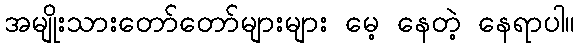
အမျိုးသားတော်တော်များများ မေ့ နေတဲ့ နေရာပါ။